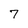
Character: 7